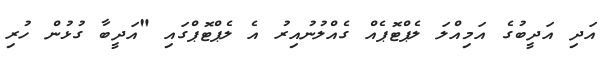
އަދި އަދީބުގެ އަމިއްލަ ލެޕްޓޮޕެއް ގެއްލުނުއިރު އެ ލެޕްޓޮޕްގައި "އަދީބާ ގުޅުން ހުރި